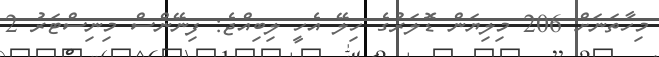
މިހާތަނަށް 206 މިލިޔަން ޑޮލަރުގެ ހިލޭ އެހީ ލިބިއްޖެ: ފިނޭންސް މިނިސްޓަރު 2